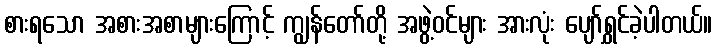
စားရသော အစားအစာများကြောင့် ကျွန်တော်တို့ အဖွဲ့ဝင်များ အားလုံး ပျော်ရွှင်ခဲ့ပါတယ်။